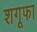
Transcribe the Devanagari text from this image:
शगूफा